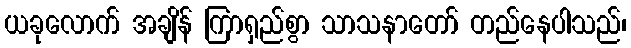
ယခုလောက် အချိန် ကြာရှည်စွာ သာသနာတော် တည်နေပါသည်၊